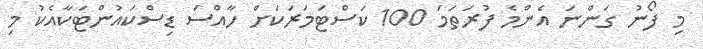
މި ފޯނު ގަންނަ އެންމެ ފުރަތަމަ 100 ކަސްޓަމަރަކަށް ހާއްސަ ޑިސްކައުންޓަކާއެކު މި